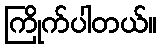
ကြိုက်ပါတယ်။